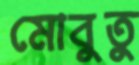
মোবুতু